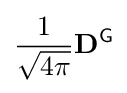
{\frac {1}{\sqrt {4\pi }}}\mathbf {D} ^{\textsf {G}}